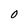
Character: O